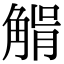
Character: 𧤉